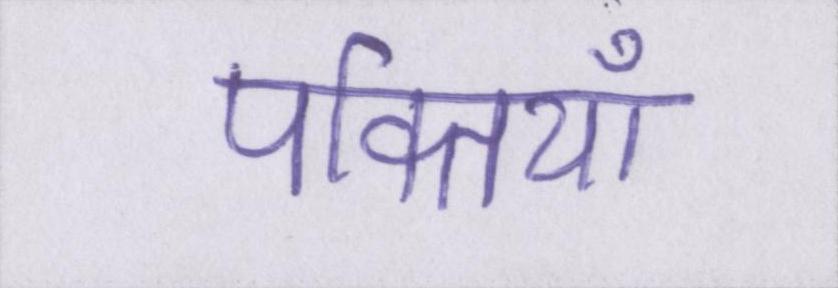
पंक्तियाँ